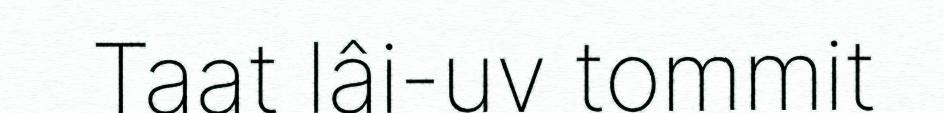
Taat lâi-uv tommit